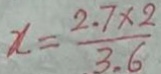
x = \frac { 2 . 7 \times 2 } { 3 . 6 }